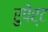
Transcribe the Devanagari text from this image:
रुपेर्ट